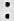
: